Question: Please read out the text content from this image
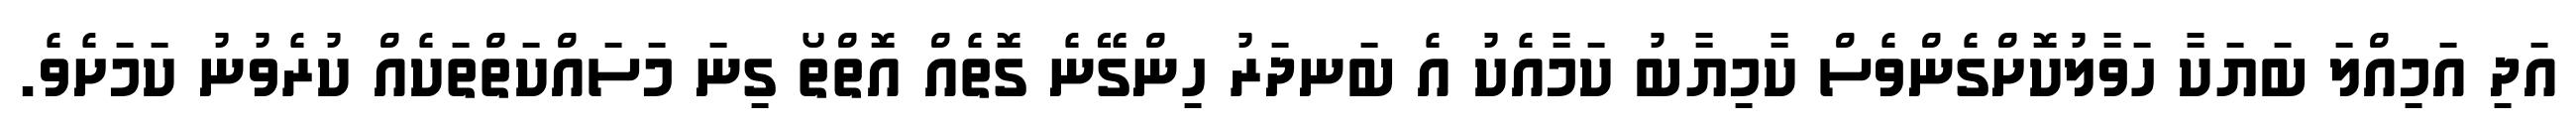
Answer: އަދި އަމިއްލަ ބަޔަކާ ހަވާލުކޮށްގެންވެސް ކާމިޔާބު ކަމާއެކު އެ ބަނދަރު ހިންގޭނެ ގޮތެއް އޮތްތޯ ގިނަ މަސައްކަތްތަކެއް ކުރެވުނު ކަމަށެވެ.